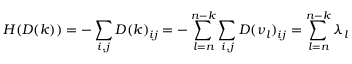
H ( D ( k ) ) = - \sum _ { i , j } D ( k ) _ { i j } = - \sum _ { l = n } ^ { n - k } \sum _ { i , j } D ( \nu _ { l } ) _ { i j } = \sum _ { l = n } ^ { n - k } \lambda _ { l }